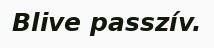
Blive passzív.